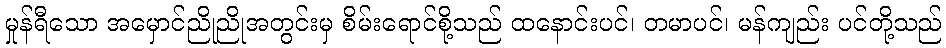
မှုန်ရီသော အမှောင်ညိုညိုအတွင်းမှ စိမ်းရောင်စို့သည် ထနောင်းပင်၊ တမာပင်၊ မန်ကျည်း ပင်တို့သည်